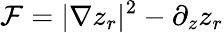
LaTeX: {\cal F}=|\nabla z_{r}|^{2}-\partial_{z}z_{r}